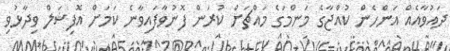
ދައުވާއެއް އަންހެން ކުއްޖާގެ މަންމަގެ މައްޗަށް ކުރަން ފޮނުވާފައިވާނެ ކަމަށް އޮފިޝަލް ވިދާޅުވި